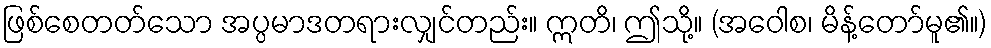
ဖြစ်စေတတ်သော အပ္ပမာဒတရားလျှင်တည်း။ ဣတိ၊ ဤသို့။ (အဝေါစ၊ မိန့်တော်မူ၏။)